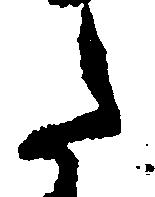
た